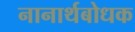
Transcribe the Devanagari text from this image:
नानार्थबोधक